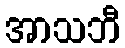
အာသဘီ